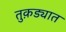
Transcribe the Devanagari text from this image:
तुक़ड्यात